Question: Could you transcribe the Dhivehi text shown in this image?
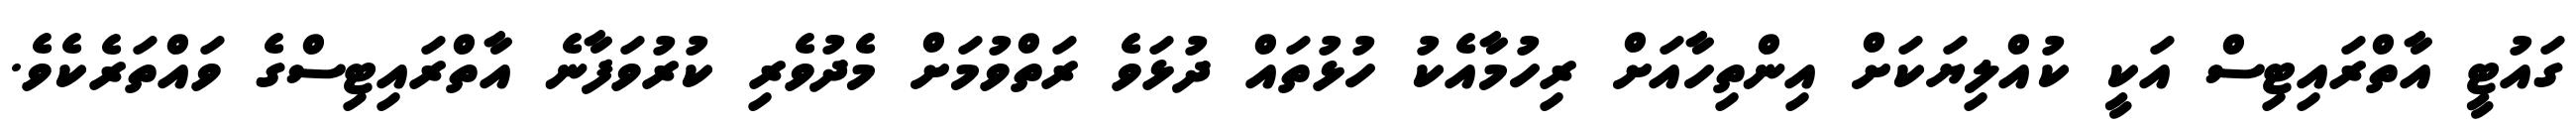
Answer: ގައުޓީ އާތްރައިޓިސް އަކީ ކުއްލިޔަކަށް އިންތިހާއަށް ރިހުމާއެކު ހުޅުތައް ދުޅަވެ ރަތްވުމަށް މެދުވެރި ކުރުވަފާނެ އާތްރައިޓިސްގެ ވައްތަރެކެވެ.